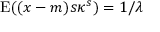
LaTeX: \operatorname { E } ( ( x - m ) s \kappa ^ { s } ) = 1 / \lambda